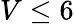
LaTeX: V\leq 6